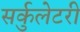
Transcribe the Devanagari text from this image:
सर्कुलेटरी